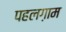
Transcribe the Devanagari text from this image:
पहलग़ाम